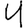
Digit: 4